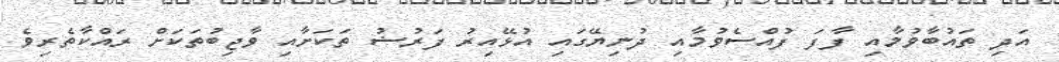
އަދި ތައުބާވުމާއި ފާފަ ފުއްސެވުމާއި ދުނިޔޭގައި އުޅޭއިރު ފަރުޟު ތަކަށާއި ވާޖިބުތަކަށް ރައްކާތެރިވެ